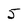
Character: 5